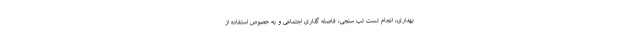
بهداری، انجام تست تب سنجی، فاصله گذاری اجتماعی و به خصوص استفاده از